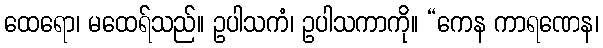
ထေရော၊ မထေရ်သည်။ ဥပါသကံ၊ ဥပါသကာကို။ “ကေန ကာရဏေန၊